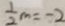
\frac { 1 } { 2 } m = - 2